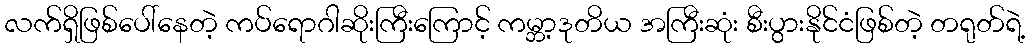
လက်ရှိဖြစ်ပေါ်နေတဲ့ ကပ်ရောဂါဆိုးကြီးကြောင့် ကမ္ဘာ့ဒုတိယ အကြီးဆုံး စီးပွားနိုင်ငံဖြစ်တဲ့ တရုတ်ရဲ့